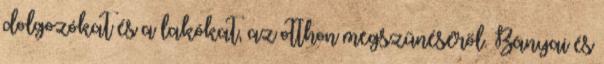
dolgozókat és a lakókat, az otthon megszűnéséről. Bányai és